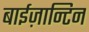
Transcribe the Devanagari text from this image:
बाईज़ान्टिन